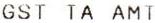
GST TA AMT